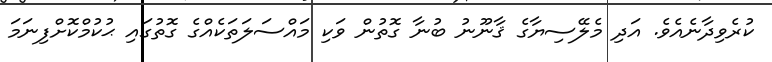
ކުރެވިދާނެއެވެ. އަދި މެލޭސިޔާގެ ޤާނޫނު ބުނާ ގޮތުން ވަކި މައްސަލަތަކެއްގެ ގޮތުގައި ޙުކުމްކޮށްފިނަމަ